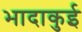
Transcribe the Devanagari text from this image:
भादाकुई